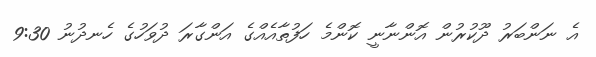
އެ ނަންބަރު ދޫކުރުން އޮންނާނީ ކޮންމެ ހަފުތާއެއްގެ އަންގާރަ ދުވަހުގެ ހެނދުނު 9:30